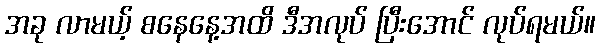
အခု လာမယ့် စနေနေ့အထိ ဒီအလုပ် ပြီးအောင် လုပ်ရမယ်။